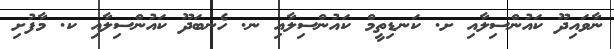
ނާވައިދޫ ކައުންސިލާއި ށ. ކަނޑިތީމް ކައުންސިލާއި ނ. ހެނބަދޫ ކައުންސިލާއި ކ. މާފުށި